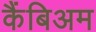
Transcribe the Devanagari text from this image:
कैंबिअम